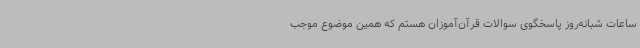
ساعات شبانه‌روز پاسخگوی سوالات قرآن‌آموزان هستم که همین موضوع موجب